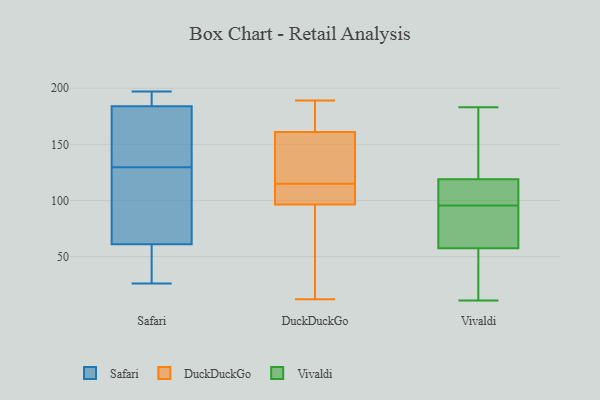
{"axis": {"x": "Net Income (USD K)", "y": "Value"}, "legend": ["DuckDuckGo", "Safari", "Vivaldi"], "data": [{"x": "", "y": 148, "type": "Safari"}, {"x": "", "y": 174, "type": "Safari"}, {"x": "", "y": 104, "type": "Safari"}, {"x": "", "y": 64, "type": "Safari"}, {"x": "", "y": 192, "type": "Safari"}, {"x": "", "y": 111, "type": "Safari"}, {"x": "", "y": 26, "type": "Safari"}, {"x": "", "y": 37, "type": "Safari"}, {"x": "", "y": 184, "type": "Safari"}, {"x": "", "y": 61, "type": "Safari"}, {"x": "", "y": 27, "type": "Safari"}, {"x": "", "y": 150, "type": "Safari"}, {"x": "", "y": 151, "type": "Safari"}, {"x": "", "y": 197, "type": "Safari"}, {"x": "", "y": 189, "type": "Safari"}, {"x": "", "y": 43, "type": "Safari"}, {"x": "", "y": 103, "type": "Safari"}, {"x": "", "y": 186, "type": "Safari"}, {"x": "", "y": 165, "type": "DuckDuckGo"}, {"x": "", "y": 12, "type": "DuckDuckGo"}, {"x": "", "y": 157, "type": "DuckDuckGo"}, {"x": "", "y": 189, "type": "DuckDuckGo"}, {"x": "", "y": 95, "type": "DuckDuckGo"}, {"x": "", "y": 101, "type": "DuckDuckGo"}, {"x": "", "y": 117, "type": "DuckDuckGo"}, {"x": "", "y": 98, "type": "DuckDuckGo"}, {"x": "", "y": 113, "type": "DuckDuckGo"}, {"x": "", "y": 87, "type": "DuckDuckGo"}, {"x": "", "y": 178, "type": "DuckDuckGo"}, {"x": "", "y": 120, "type": "DuckDuckGo"}, {"x": "", "y": 115, "type": "Vivaldi"}, {"x": "", "y": 103, "type": "Vivaldi"}, {"x": "", "y": 88, "type": "Vivaldi"}, {"x": "", "y": 120, "type": "Vivaldi"}, {"x": "", "y": 118, "type": "Vivaldi"}, {"x": "", "y": 27, "type": "Vivaldi"}, {"x": "", "y": 127, "type": "Vivaldi"}, {"x": "", "y": 38, "type": "Vivaldi"}, {"x": "", "y": 106, "type": "Vivaldi"}, {"x": "", "y": 66, "type": "Vivaldi"}, {"x": "", "y": 11, "type": "Vivaldi"}, {"x": "", "y": 69, "type": "Vivaldi"}, {"x": "", "y": 183, "type": "Vivaldi"}, {"x": "", "y": 134, "type": "Vivaldi"}, {"x": "", "y": 43, "type": "Vivaldi"}, {"x": "", "y": 65, "type": "Vivaldi"}, {"x": "", "y": 57, "type": "Vivaldi"}, {"x": "", "y": 160, "type": "Vivaldi"}, {"x": "", "y": 114, "type": "Vivaldi"}, {"x": "", "y": 58, "type": "Vivaldi"}]}